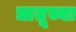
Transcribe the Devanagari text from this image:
ॠतूच्या